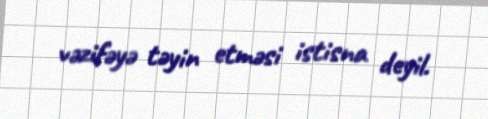
vəzifəyə təyin etməsi istisna deyil.